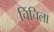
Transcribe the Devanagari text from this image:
चिंचिला